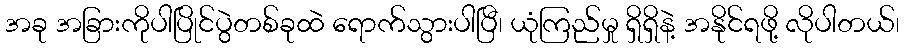
အခု အခြားကိုပါပြိုင်ပွဲတစ်ခုထဲ ရောက်သွားပါပြီ၊ ယုံကြည်မှု ရှိရှိနဲ့ အနိုင်ရဖို့ လိုပါတယ်၊